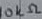
Text: 10kΩ